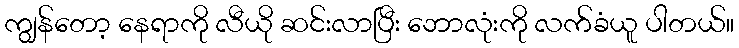
ကျွန်တော့ နေရာကို လီယို ဆင်းလာပြီး ဘောလုံးကို လက်ခံယူ ပါတယ်။